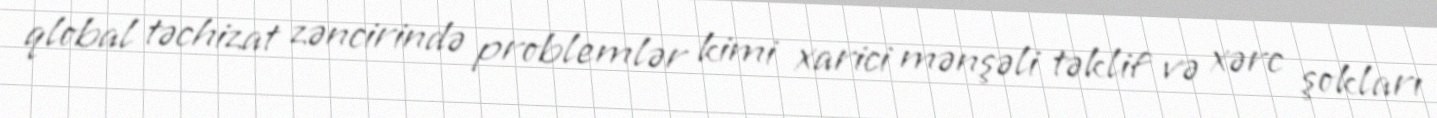
qlobal təchizat zəncirində problemlər kimi xarici mənşəli təklif və xərc şokları